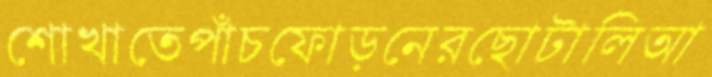
শোখাতেপাঁচফোড়নেরছোটালিআ